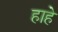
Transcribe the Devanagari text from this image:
हाहे